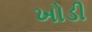
ખોડી